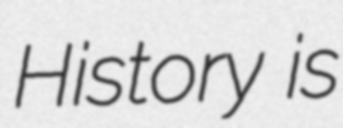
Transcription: History is